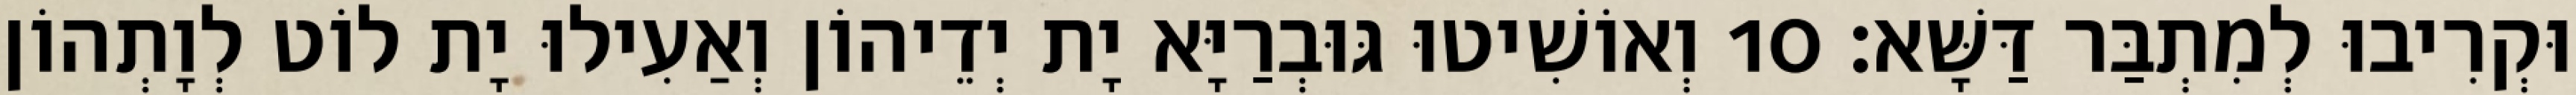
וּקְרִיבוּ לְמִתְבַּר דַּשָּׁא׃ 10 וְאוֹשִׁיטוּ גּוּבְרַיָּא יָת יְדֵיהוֹן וְאַעִילוּ יָת לוֹט לְוָתְהוֹן